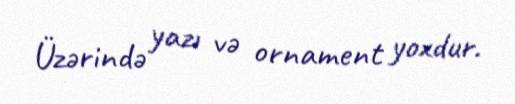
Üzərində yazı və ornament yoxdur.